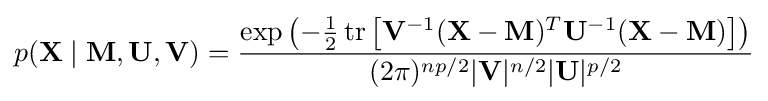
p(\mathbf {X} \mid \mathbf {M} ,\mathbf {U} ,\mathbf {V} )={\frac {\exp \left(-{\frac {1}{2}}\,\mathrm {tr} \left[\mathbf {V} ^{-1}(\mathbf {X} -\mathbf {M} )^{T}\mathbf {U} ^{-1}(\mathbf {X} -\mathbf {M} )\right]\right)}{(2\pi )^{np/2}|\mathbf {V} |^{n/2}|\mathbf {U} |^{p/2}}}